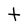
Character: t